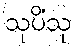
သုပိံသု